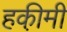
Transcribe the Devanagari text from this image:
हकी़मी